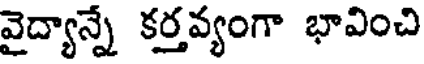
వైద్యాన్నే కర్తవ్యంగా భావించి